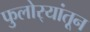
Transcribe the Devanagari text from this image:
फुलोर्‍यांतून